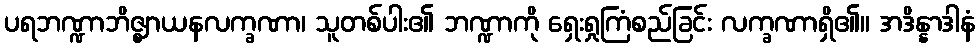
ပရဘဏ္ဍာဘိဇ္ဈာယနလက္ခဏာ၊ သူတစ်ပါး၏ ဘဏ္ဍာကို ရှေးရှုကြံစည်ခြင်း လက္ခဏာရှိ၏။ အဒိန္နာဒါနံ